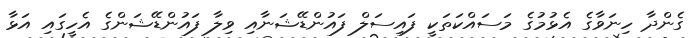
ގެންދާ ހިނަވާގެ އެޅުމުގެ މަސައްކަތަކީ ފައިސަލް ފައުންޑޭޝަނާއި ވިލާ ފައުންޑޭޝަންގެ އެހީގައި އަޅާ